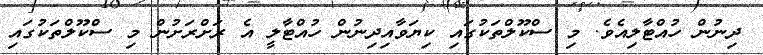
ދިނުން ހުއްޓާލިއެވެ. މި ސްކޫލްތަކުގައި ކިޔަވާއިދިނުން ހުއްޓާލީ އެ ރަށްރަށުން މި ސްކޫލްތަކުގައި